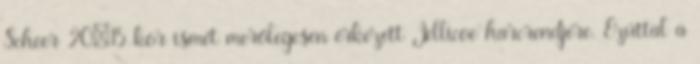
Scheer 20:15-kor ismét merőlegesen érkezett Jellicoe harcrendjére. Ezúttal a